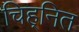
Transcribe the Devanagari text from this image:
चिह्‌नित